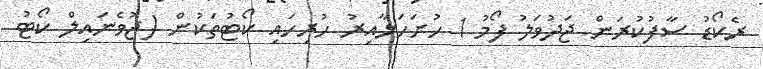
ރެކޯޑު ސާފުކުރަން ޖަދުވަލު ފޯމު 1 ހުށަހަޅާއިރު ހުރިހައި ކޯޓުތަކުން (ޖުވެނައިލް ކޯޓު